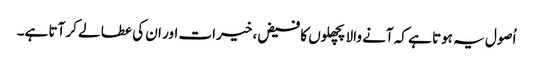
اُصول یہ ہوتا ہے کہ آنے والا پچھلوں کا فیض، خیرات اور ان کی عطا لے کر آتا ہے۔